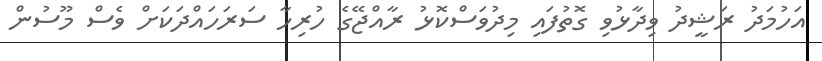
އަހުމަދު ރަޝީދު ވިދާޅުވި ގޮތުފައި މިދުވަސްކޮޅު ރާއްޖޭގެ ހުރިހާ ސަރަހައްދަކަށް ވެސް މޫސުން